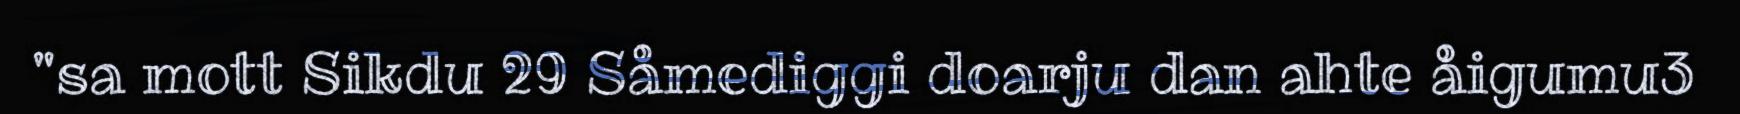
"sa mott Sikdu 29 Såmediggi doarju dan ahte åigumu3